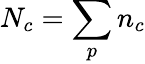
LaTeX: N_{c}=\sum_{p}n_{c}